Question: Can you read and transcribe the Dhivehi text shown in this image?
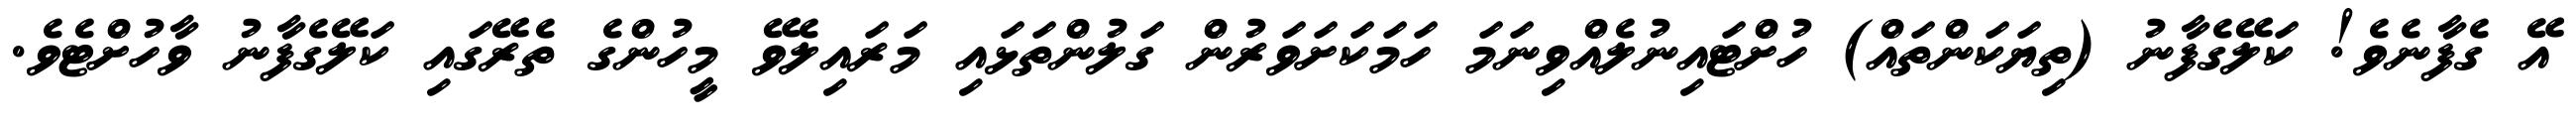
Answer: އޭ ގެފާނެވެ! ކަލޭގެފާނު (ތިޔަކަންތައް) ހުށްޓައިނުލެއްވިނަމަ ހަމަކަށަވަރުން ގަލުންތަޅައި މަރައިލެވޭ މީހުންގެ ތެރޭގައި ކަލޭގެފާނު ވާހުށްޓެވެ.